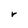
Character: r